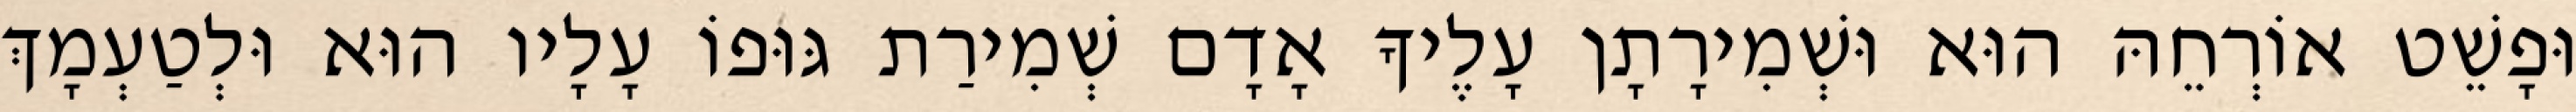
וּפָשֵׁט אוֹרְחֵהּ הוּא וּשְׁמִירָתָן עָלֶיךָ אָדָם שְׁמִירַת גּוּפוֹ עָלָיו הוּא וּלְטַעְמָךְ